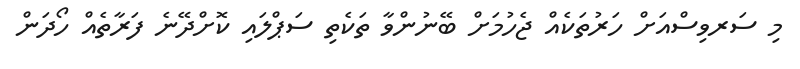
މި ސަރވިސްއަށް ހަރުތަކެއް ޖެހުމަށް ބޭނުންވާ ތަކެތި ސަޕްލައި ކޮށްދޭނެ ފަރާތެއް ހޯދަން